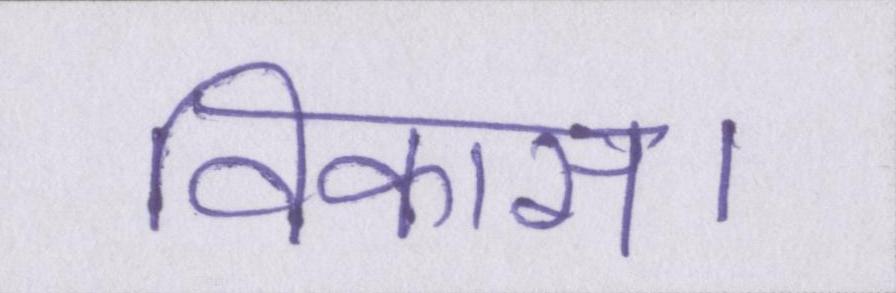
विकास।